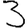
Digit: 3